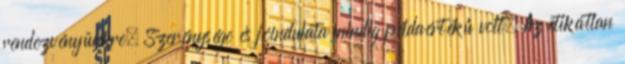
rendezvényünkre. Szerénysége és jóindulata mindig példaértékű volt. Az etikátlan